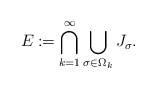
\begin{align*}E\coloneqq\bigcap_{k=1}^{\infty}\bigcup_{\sigma\in\Omega_{k}}J_{\sigma}.\end{align*}